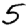
Digit: 5